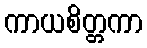
ကာယစိတ္တကာ